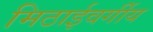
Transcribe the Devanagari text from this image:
मिठाईवर्गीय